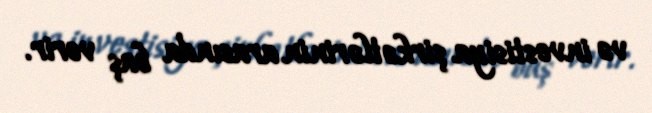
və investisiya şirkətlərinin arasında baş verir.